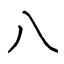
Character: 八